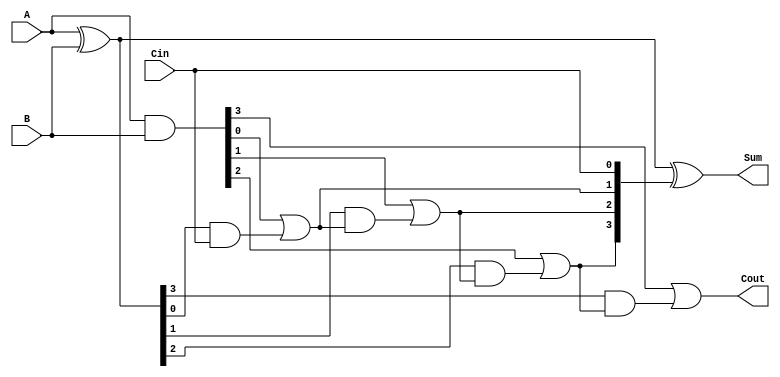
module CILA #(parameter N = 4) (
    input  wire [N-1:0] A,      // First operand (n-bit binary number)
    input  wire [N-1:0] B,      // Second operand (n-bit binary number)
    input  wire       Cin,       // Carry input (1-bit binary)
    output wire [N-1:0] Sum,     // Result of the addition (n-bit binary number)
    output wire       Cout        // Carry output (1-bit binary)
);

    // Internal signals for generate and propagate
    wire [N-1:0] G; // Generate signals
    wire [N-1:0] P; // Propagate signals
    wire [N:0] C;   // Carry signals

    // Generate and Propagate calculations
    assign G = A & B;               // Generate signal G[i] = A[i] & B[i]
    assign P = A ^ B;               // Propagate signal P[i] = A[i] ^ B[i]

    // Carry signal calculations using lookahead logic
    assign C[0] = Cin;              // Initial carry input
    genvar i;
    generate
        for (i = 0; i < N; i = i + 1) begin : carry_logic
            assign C[i + 1] = G[i] | (P[i] & C[i]);
        end
    endgenerate

    // Sum calculation
    assign Sum = P ^ C[N-1:0];      // Sum[i] = P[i] ^ C[i]
    assign Cout = C[N];             // Final carry output

endmodule